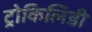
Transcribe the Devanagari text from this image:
ट्रोकिलिडी